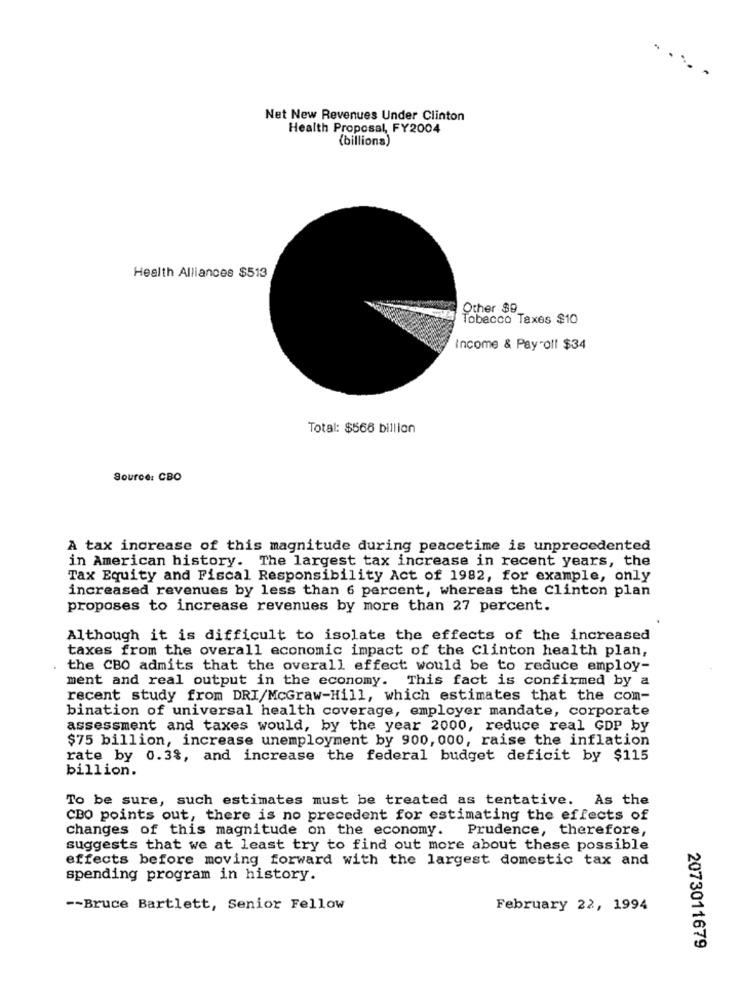
Net New Revenues Under Clinton
Health Proposal, FY2004
(billions)
Health Alliances $513
Other $9
Tobacco Taxes $10
Income & Payroll $34
Total: $566 billion
Source: CBO
A tax increase of this magnitude during peacetime is unprecedented
in American history. The largest tax increase in recent years, the
Tax Equity and Fiscal Responsibility Act of 1982, for example, only
increased revenues by less than 6 percent, whereas the Clinton plan
proposes to increase revenues by more than 27 percent.
Although it is difficult to isolate the effects of the increased
taxes from the overall economic impact of the Clinton health plan,
the CBO admits that the overall effect would be to reduce employ-
ment and real output in the economy. This fact is confirmed by a
recent study from DRI/McGraw-Hill, which estimates that the com-
bination of universal health coverage, employer mandate, corporate
assessment and taxes would, by the year 2000, reduce real GDP by
$75 billion, increase unemployment by 900, 000, raise the inflation
rate by 0.3%, and increase the federal budget deficit by $115
billion.
To be sure, such estimates must be treated as tentative. As the
CBO points out, there is no precedent for estimating the effects of
changes of this magnitude on the economy. Prudence, therefore,
suggests that we at least try to find out more about these possible
effects before moving forward with the largest domestic tax and
spending program in history.
-- Bruce Bartlett, Senior Fellow
February 22, 1994
2073011679